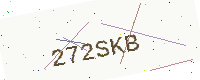
Text: 272SKB